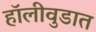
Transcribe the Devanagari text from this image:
हॉलीवुडात